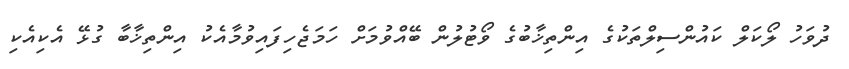
ދުވަހު ލޯކަލް ކައުންސިލްތަކުގެ އިންތިޚާބުގެ ވޯޓުލުން ބޭއްވުމަށް ހަމަޖެހިފައިވުމާއެކު އިންތިޚާބާ ގުޅޭ އެކިއެކި